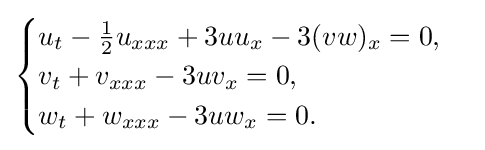
{\begin{cases}u_{t}-{\frac {1}{2}}u_{xxx}+3uu_{x}-3(vw)_{x}=0,\\v_{t}+v_{xxx}-3uv_{x}=0,\\w_{t}+w_{xxx}-3uw_{x}=0.\end{cases}}